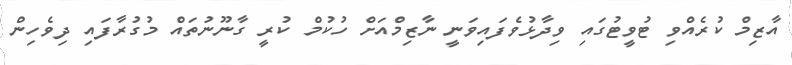
އާޒިމް ކުރެއްވި ޓުވީޓުގައި ވިދާޅުވެފައިވަނީ ނާޒިމްއަށް ހުކުމް ކުރީ ގާނޫނުތައް މުގުރާފައި ދިވެހިން